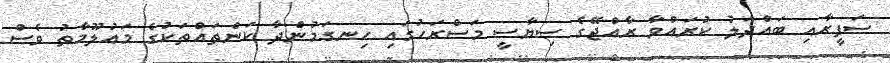
ސަފީރާއި ބައްދަލު ކުރައްވާ ރާއްޖޭގެ ސިޔާސީ މަސްރަހުގައި ހިނގަމުންދާ ކަންތައްތަކުގެ މައުލޫމާތު ވެސް